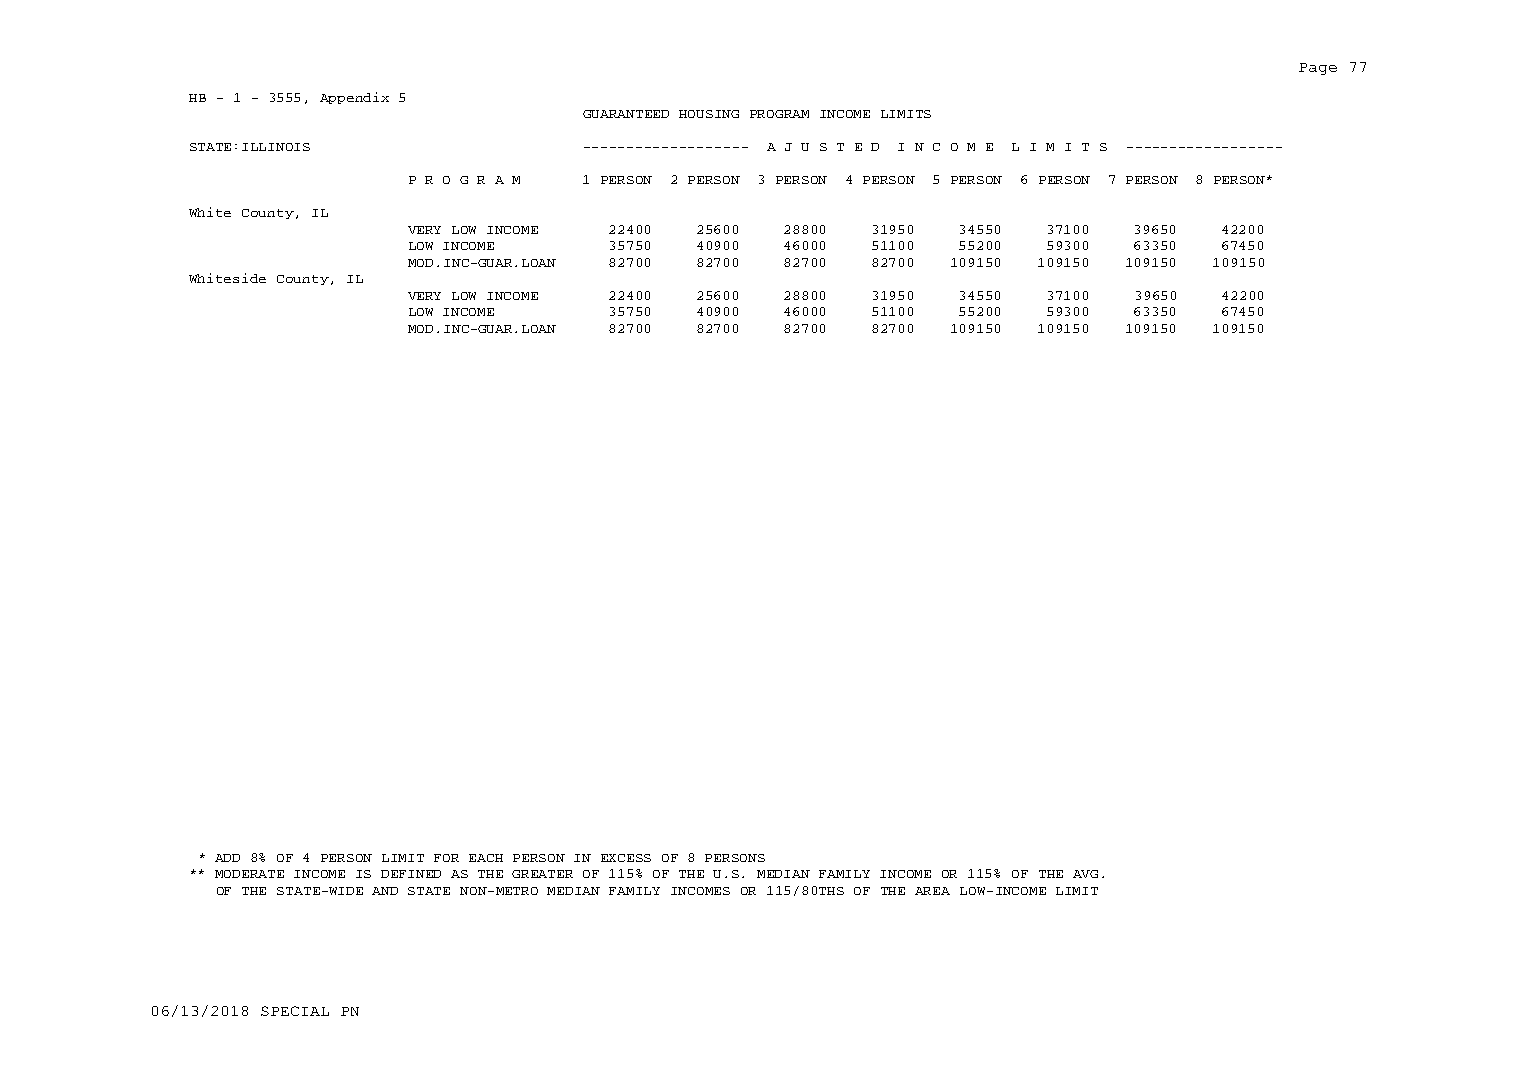
Page 77
 HB - 1 - 3555, Appendix 5
 GUARANTEED HOUSING PROGRAM INCOME LIMITS
 STATE:ILLINOIS            ------------------- A J U S T E D I N C O M E L I M I T S ------------------
 P R O G R A M 1 PERSON 2 PERSON 3 PERSON 4 PERSON 5 PERSON 6 PERSON 7 PERSON 8 PERSON*
 White County, IL
 VERY LOW INCOME 22400 25600 28800 31950 34550 37100 39650 42200
 LOW INCOME    35750 40900 46000 51100 55200 59300 63350 67450
 MOD.INC-GUAR.LOAN 82700 82700 82700 82700 109150 109150 109150 109150
 Whiteside County, IL
 VERY LOW INCOME 22400 25600 28800 31950 34550 37100 39650 42200
 LOW INCOME    35750 40900 46000 51100 55200 59300 63350 67450
 MOD.INC-GUAR.LOAN 82700 82700 82700 82700 109150 109150 109150 109150
 * ADD 8% OF 4 PERSON LIMIT FOR EACH PERSON IN EXCESS OF 8 PERSONS
 ** MODERATE INCOME IS DEFINED AS THE GREATER OF 115% OF THE U.S. MEDIAN FAMILY INCOME OR 115% OF THE AVG.
 OF THE STATE-WIDE AND STATE NON-METRO MEDIAN FAMILY INCOMES OR 115/80THS OF THE AREA LOW-INCOME LIMIT
 06/13/2018 SPECIAL PN